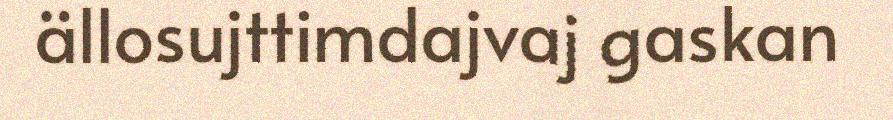
ällosujttimdajvaj gaskan